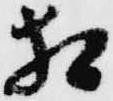
相